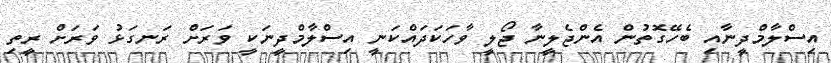
އިސްލާމްދީނާއި ބެހޭގޮތުން އެންޖެލީނާ ޖޯލީ ވާހަކަދައްކަނީ އިސްލާމްދީނަކީ ވަރަށް ރަނގަޅު ވަރަށް ރީތި